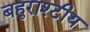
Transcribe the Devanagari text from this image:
बहुराश्टीय